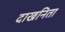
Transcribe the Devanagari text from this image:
दाखनिता